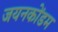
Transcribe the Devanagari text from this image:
जयनकोंडम